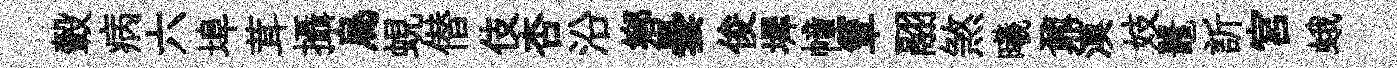
轂病六埠茸攝烏蜆僣伎杏沿鄕曇俊墀幢簟翮煞曦鼐漠妓鼉訢宫蛾